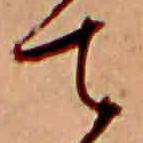
て